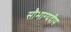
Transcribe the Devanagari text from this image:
सौभाग्यदीप